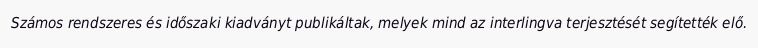
Számos rendszeres és időszaki kiadványt publikáltak, melyek mind az interlingva terjesztését segítették elő.